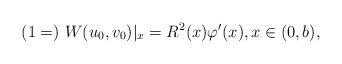
LaTeX: \begin{align*}(1=) \textrm{ } W(u_0,v_0)|_{x}=R^2(x)\varphi'(x), x\in(0,b), \end{align*}